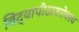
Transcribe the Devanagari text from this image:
विद्यापीठाबरोबरच